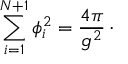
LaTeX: \sum _ { i = 1 } ^ { N + 1 } \phi _ { i } ^ { 2 } = { \frac { 4 \pi } { g ^ { 2 } } } \, \cdotp